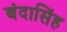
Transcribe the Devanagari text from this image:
बंदासिंह